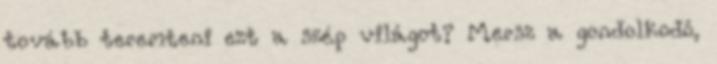
tovább teremteni ezt a szép világot? Mersz a gondolkodó,